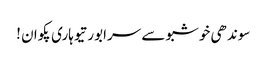
سوندھی خوشبو سے سرابور تیوہاری پکوان !